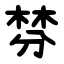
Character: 棼